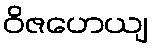
ဝိဇဟေယျ